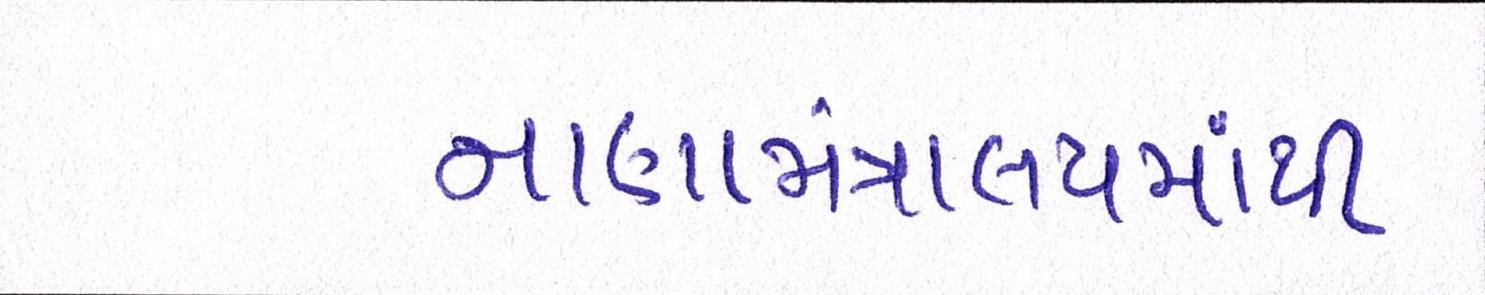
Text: નાણામંત્રાલયમાંથી